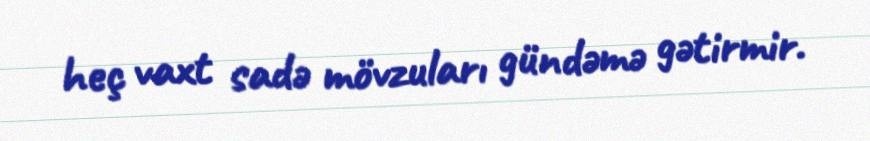
heç vaxt sadə mövzuları gündəmə gətirmir.